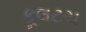
કૂલટચ